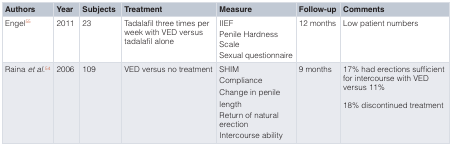
<table><thead><tr><td><b>Authors</b></td><td><b>Year</b></td><td><b>Subjects</b></td><td><b>Treatment</b></td><td><b>Measure</b></td><td><b>Follow-up</b></td><td><b>Comments</b></td></tr></thead><tbody><tr><td>Engel<sup>55</sup></td><td>2011</td><td>23</td><td>Tadalafil three times perweek with VED versustadalafil alone</td><td>IIEFPenile HardnessScaleSexual questionnaire</td><td>12 months</td><td>Low patient numbers</td></tr><tr><td>Raina<i>et al</i>.<sup>54</sup></td><td>2006</td><td>109</td><td>VED versus no treatment</td><td>SHIMComplianceChange in penilelengthReturn of naturalerectionIntercourse ability</td><td>9 months</td><td>17% had erections sufficientfor intercourse with VEDversus 11%18% discontinued treatment</td></tr></tbody></table>